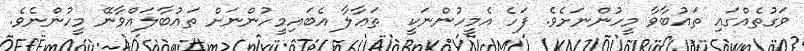
ވަގުތެއްގައި ތައުބާވާ މީހުންނަށެވެ. ފަހެ އެމީހުންނަކީ  ތަޢާލާ އެބައިމީހުންނަށް ތައުބާލައްވާނޭ މީހުންނެވެ.